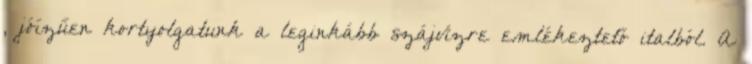
, jóízűen kortyolgatunk a leginkább szájvízre emlékeztető italból. A